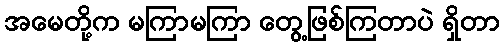
အမေတို့က မကြာမကြာ တွေ့ဖြစ်ကြတာပဲ ရှိတာ